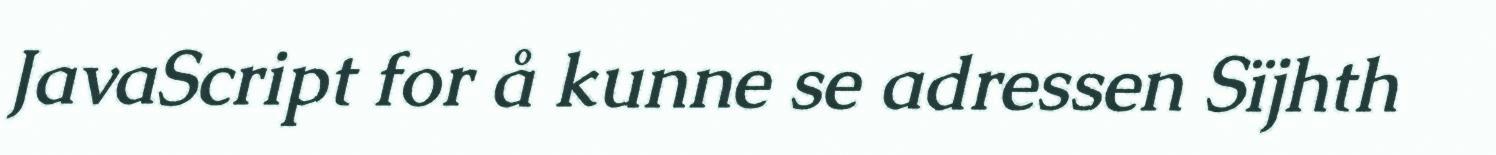
JavaScript for å kunne se adressen Sïjhth